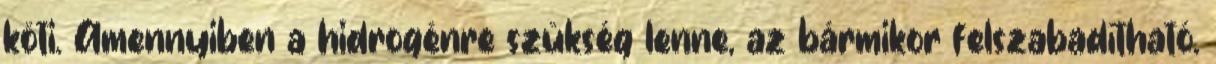
köti. Amennyiben a hidrogénre szükség lenne, az bármikor felszabadítható.